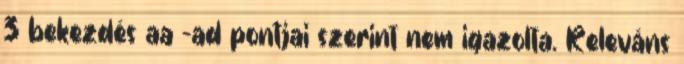
3 bekezdés aa -ad pontjai szerint nem igazolta. Releváns